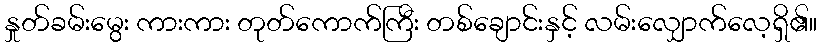
နှုတ်ခမ်းမွေး ကားကား တုတ်ကောက်ကြီး တစ်ချောင်းနှင့် လမ်းလျှောက်လေ့ရှိ၏။